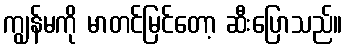
ကျွန်မကို မာတင်မြင်တော့ ဆီးပြောသည်။